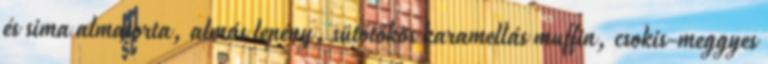
és sima almatorta, almás lepény, sütőtökös karamellás muffin, csokis-meggyes